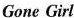
Gone Girl